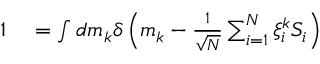
\begin{array} { r l } { 1 } & { { } = \int d m _ { k } \delta \left( m _ { k } - \frac { 1 } { \sqrt { N } } \sum _ { i = 1 } ^ { N } \xi _ { i } ^ { k } S _ { i } \right) } \end{array}